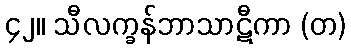
၄၂။ သီလက္ခန်ဘာသာဋီကာ (တ)